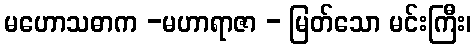
မဟောသဓာက -မဟာရာဇာ - မြတ်သော မင်းကြီး၊